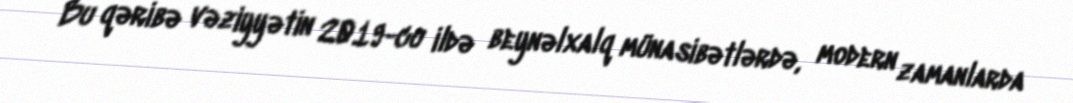
Bu qəribə vəziyyətin 2019-cu ildə beynəlxalq münasibətlərdə, modern zamanlarda